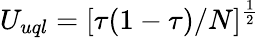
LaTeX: U_{uql}=[\tau(1-\tau)/N]^{\frac{1}{2}}